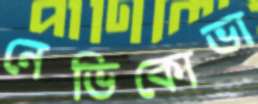
নেভিকোভা